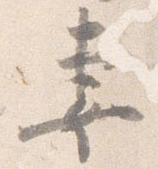
妻